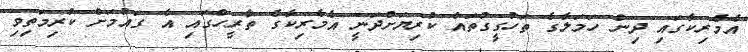
އެމެރިކާގައި ދިން ހަމަލާގެ ތަހުގީގުތައް ކުރިޔަށްދަނީ އެމެރިކާގެ ތާރީހްގައި އެ ގައުމަށް ކުރިމަތިވި